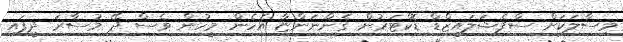
މިސާލަކަށް ސްޕެޝަލައިޒްޑް ޑޮކްޓަރުން ގެންނަންޏާ އެހެން މީހުން ވެސް ދޭ މުސާރަ ދީފައި